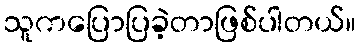
သူကပြောပြခဲ့တာဖြစ်ပါတယ်။